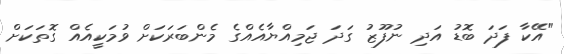
"އޭކާ ފަދަ ބޮޑު އަދި ނުފޫޒު ގަދަ ޖަމިއްޔާއެއްގެ މެންބަރަކަށް ވުމަކީއެއް ގޮތަކަށް